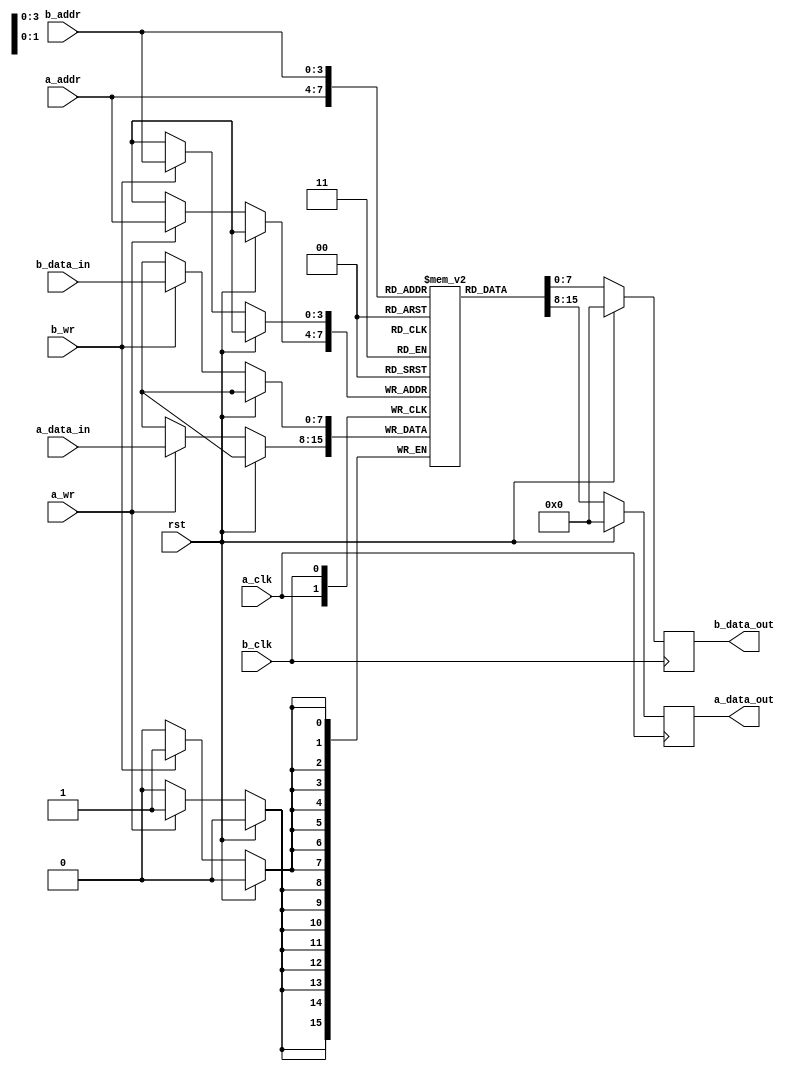
//============================================================================//
//                                                                            //
//      Syncronous dual-port BRAM                                             //
//                                                                            //
//      Module name: bram_sync_dp                                             //
//      Desc: parameterized, syncronous, inferable, true dual-port,           //
//            dual clock block ram                                            //
//      Developer: Wesley New                                                 //
//      Licence: GNU General Public License ver 3                             //
//      Notes: Developed from a combiniation of bram implmentations           //
//             This is a read-before-write implementation of a BRAM           //
//                                                                            //
//============================================================================//

module bram_sync_dp #(
      //=============
      // Parameters
      //=============
      parameter RAM_DATA_WIDTH = 8,             // width of the data
      parameter RAM_ADDR_WIDTH = 4              // number of address bits
   ) (
      //================
      // General Ports
      //================
      input wire                       rst, 

      //=========
      // Port A
      //=========
      input  wire                      a_clk,
      input  wire                      a_wr,       // pulse a 1 to write and 0 reads
      input  wire [RAM_ADDR_WIDTH-1:0] a_addr, 
      input  wire [RAM_DATA_WIDTH-1:0] a_data_in,
      output reg  [RAM_DATA_WIDTH-1:0] a_data_out,
      
      //=========
      // Port B
      //=========
      input  wire                      b_clk,
      input  wire                      b_wr,       // pulse a 1 to write and 0 reads
      input  wire [RAM_ADDR_WIDTH-1:0] b_addr,
      input  wire [RAM_DATA_WIDTH-1:0] b_data_in,
      output reg  [RAM_DATA_WIDTH-1:0] b_data_out
   );
   
   //===============
   // Local Params
   //===============
   localparam RAM_DATA_DEPTH = 2**RAM_ADDR_WIDTH;  // depth of the ram, this is tied to the number of address bits
   
   //================
   // Shared memory
   //================
   reg [RAM_DATA_WIDTH-1:0] mem [RAM_DATA_DEPTH-1:0];
   
   //=========
   // Port A
   //=========
   always @(posedge a_clk) begin
      if (`ifdef ACTIVE_LOW_RST !rst `else rst `endif)
         a_data_out <= {RAM_DATA_WIDTH{1'b0}};
      else begin 
         a_data_out  <= mem[a_addr];
         if (a_wr) begin
            mem[a_addr] <= a_data_in;
         end
      end
   end
   
   //=========
   // Port B
   //=========
   always @(posedge b_clk) begin
      if (`ifdef ACTIVE_LOW_RST !rst `else rst `endif)
         b_data_out <= {RAM_DATA_WIDTH{1'b0}};
      else begin
         b_data_out <= mem[b_addr];
         if (b_wr) begin
            mem[b_addr] <= b_data_in;
         end
      end
   end
endmodule